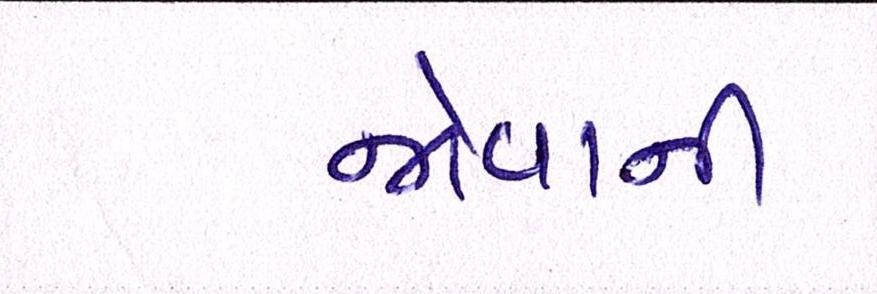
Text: જોવાતી